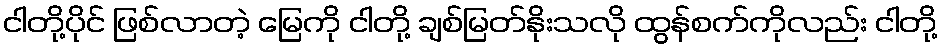
ငါတို့ပိုင် ဖြစ်လာတဲ့ မြေကို ငါတို့ ချစ်မြတ်နိုးသလို ထွန်စက်ကိုလည်း ငါတို့